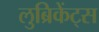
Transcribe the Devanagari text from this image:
लुब्रिकेंट्स